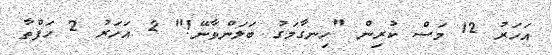
އަހަރު 12 މަސް ކުރިން "ހިނގާމަގު ބަލަންވާނޭ!" 2 އަހަރު 2 ހަފްތާ